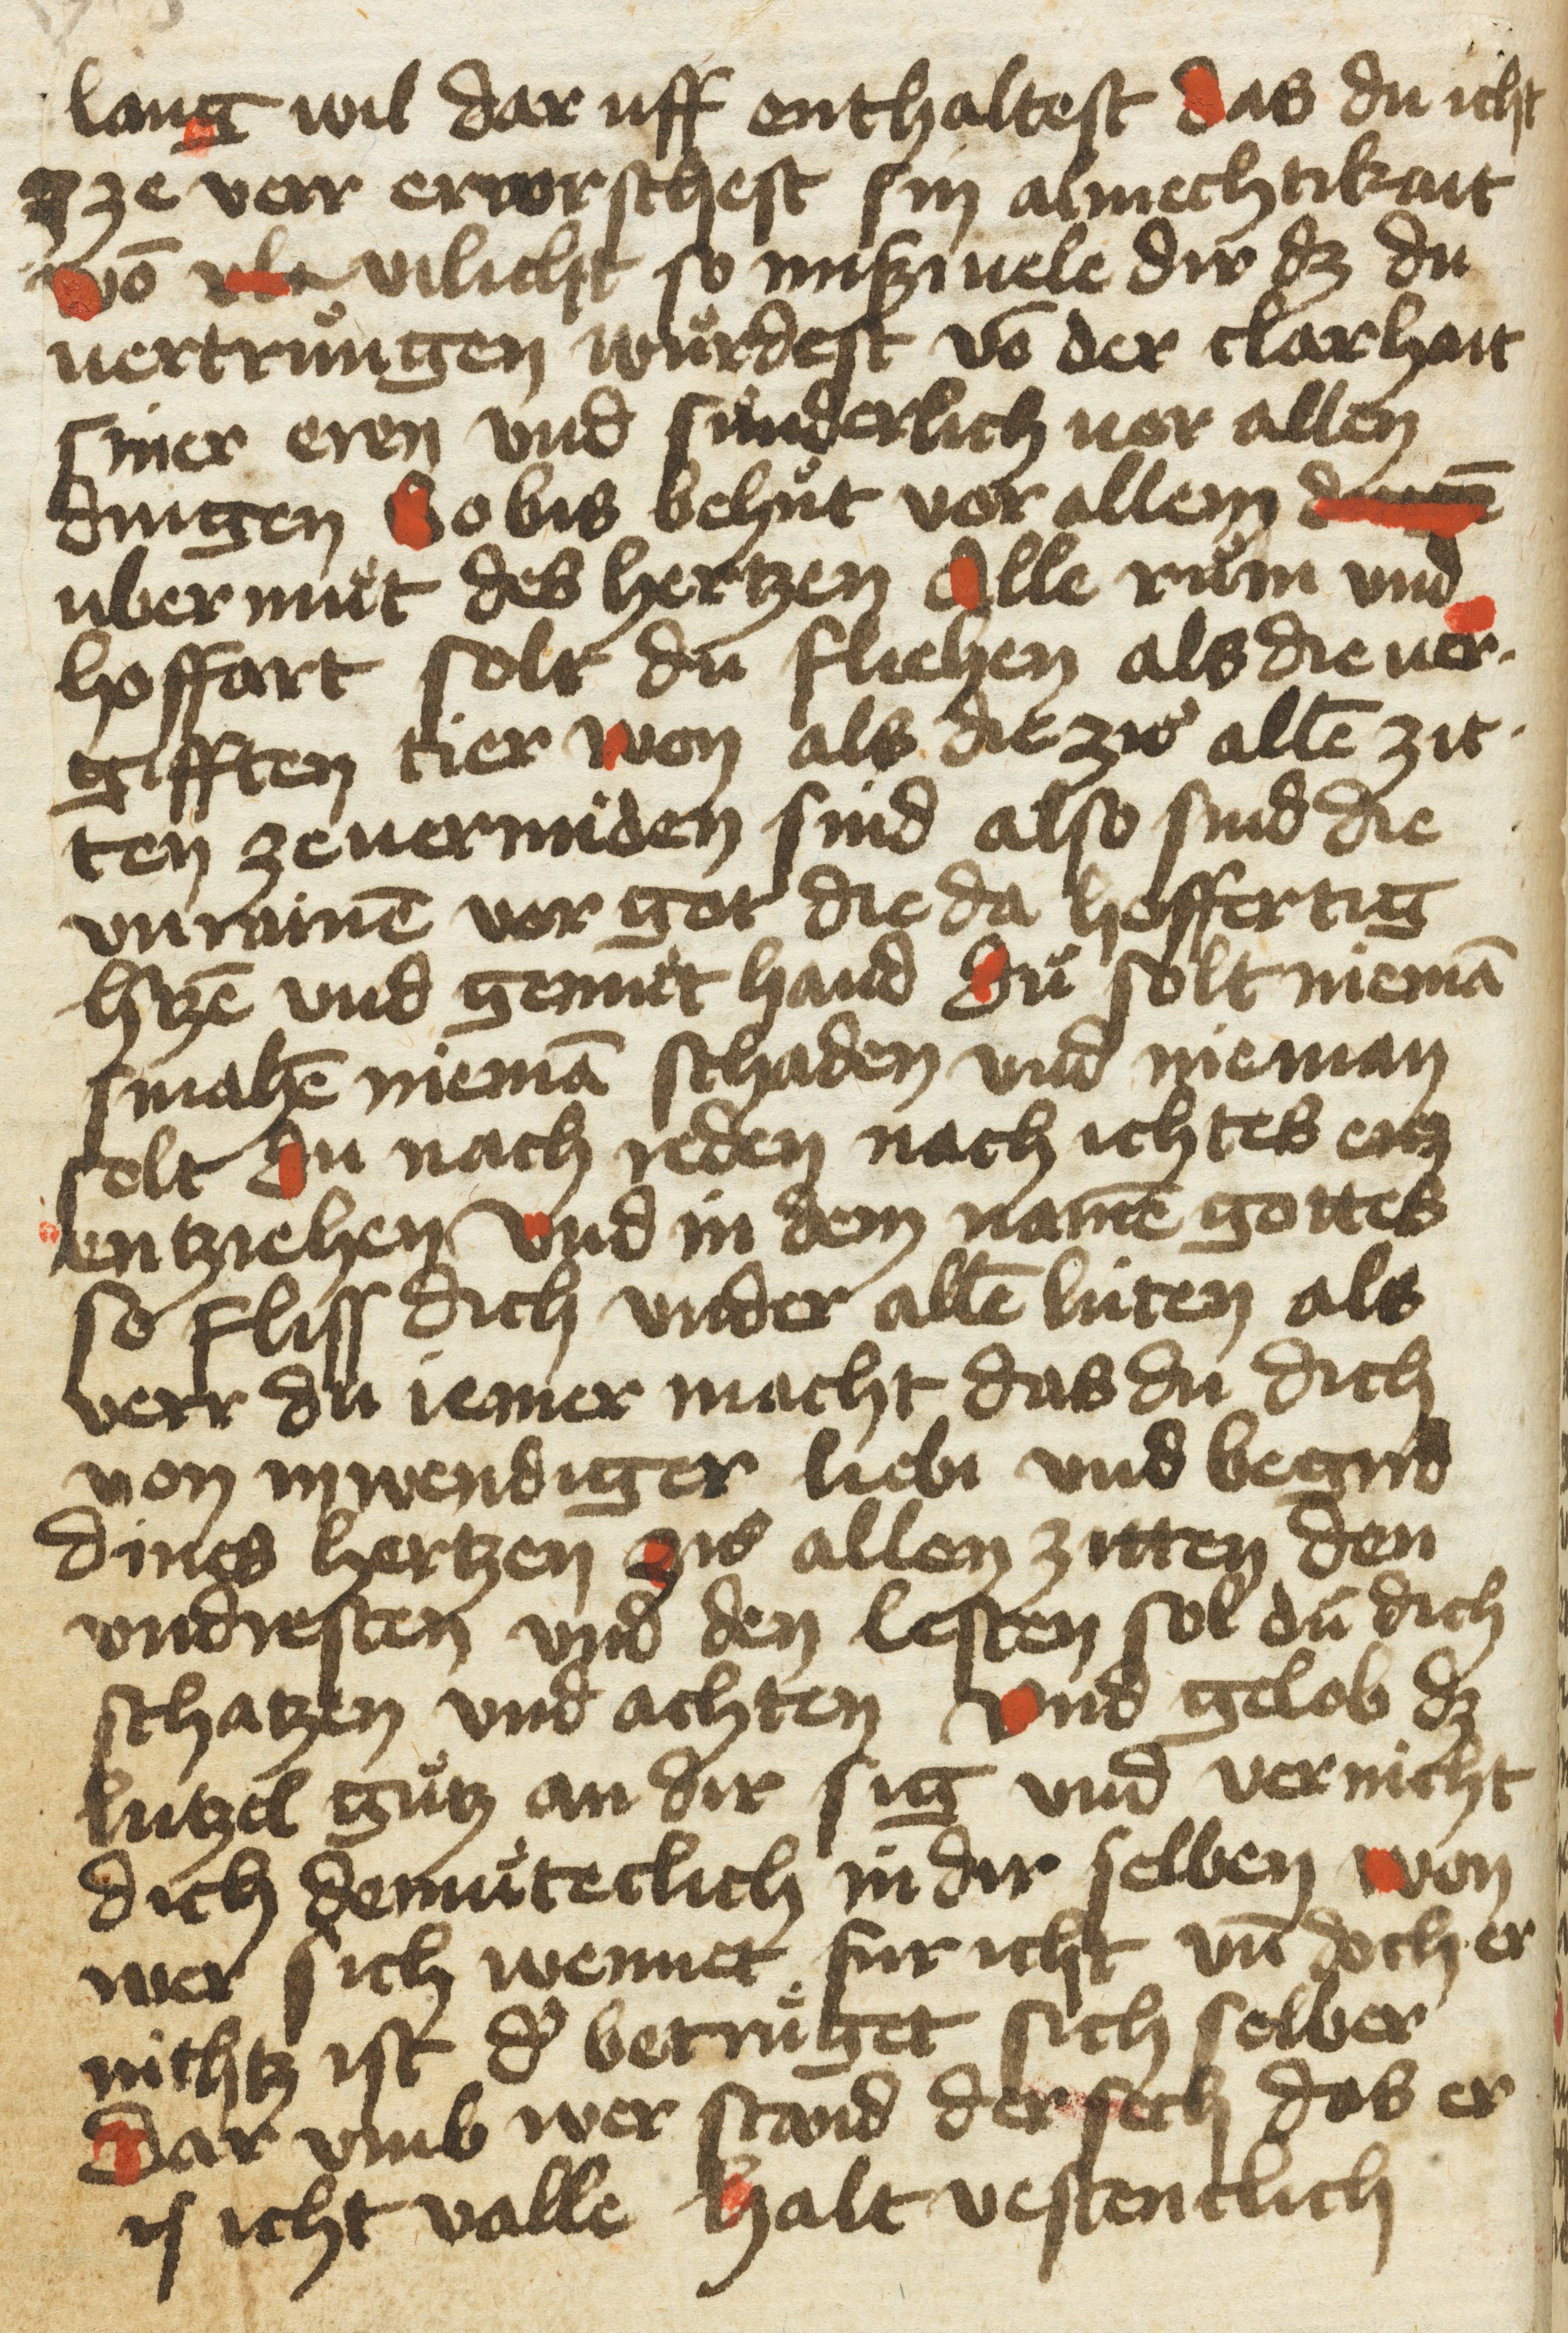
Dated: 1400–1499